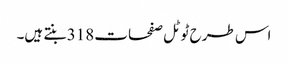
اس طرح ٹوٹل صفحات 318 بنتے ہیں۔